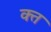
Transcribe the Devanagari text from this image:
क्‍त